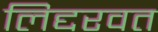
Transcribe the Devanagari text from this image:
लिद्दरवत